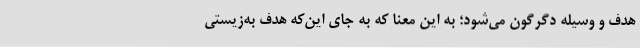
هدف و وسیله دگرگون می‌شود؛ به این معنا که به جای این‌که هدف به‌زیستی